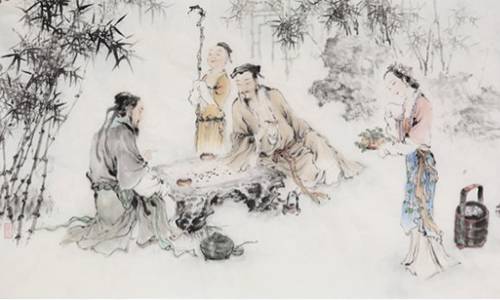
平生不解藏人善，到处逢人说项斯。